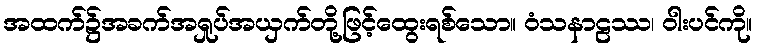
အထက်၌အခက်အရှုပ်အယှက်တို့ဖြင့်ထွေးရစ်သော။ ဝံသနာဠဿ၊ ဝါးပင်ကို။